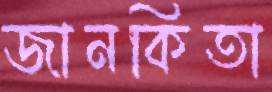
জানকিতা